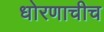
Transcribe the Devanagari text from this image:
धोरणाचीच